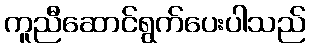
ကူညီဆောင်ရွက်ပေးပါသည်